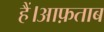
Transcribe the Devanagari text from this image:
हैं।आफ़ताब